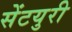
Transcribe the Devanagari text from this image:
सेंटयुरी